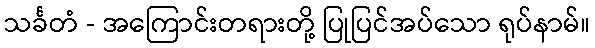
သင်္ခတံ - အကြောင်းတရားတို့ ပြုပြင်အပ်သော ရုပ်နာမ်။